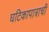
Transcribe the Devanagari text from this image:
घटिकापात्राची